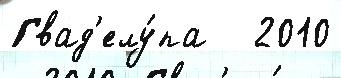
Гвад'елу́па   2010